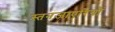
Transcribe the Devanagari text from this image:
स्तनजाएरियों